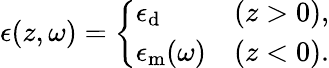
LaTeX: \begin{array}{r}{\epsilon(z,\omega)=\left\{ \begin{array}{ll}{\epsilon_{\mathrm{d}}}&{(z>0),}\\ {\epsilon_{\mathrm{m}}(\omega)}&{(z<0).}\end{array}\right.}\end{array}